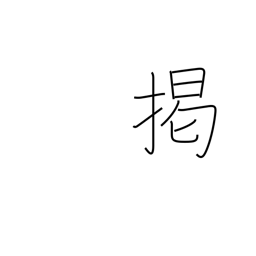
Meaning: hang out